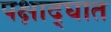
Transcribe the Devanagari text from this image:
पक्षाद्घात